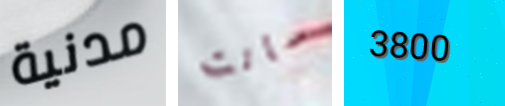
مدنية سانت 3800